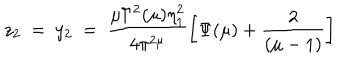
LaTeX: z _ { 2 } ~ = ~ y _ { 2 } ~ = ~ \frac { \mu \Gamma ^ { 2 } ( \mu ) \eta _ { 1 } ^ { 2 } } { 4 \pi ^ { 2 \mu } } \left[ \Psi ( \mu ) + \frac { 2 } { ( \mu - 1 ) } \right]